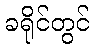
ခရိုင်တွင်